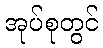
အုပ်စုတွင်